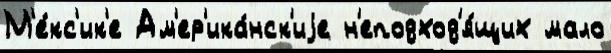
М'е́кс'ик'е Ам'ер'ика́нск'иjе н'еподход'я́щих мало